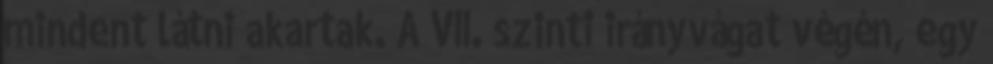
mindent látni akartak. A VII. szinti irányvágat végén, egy